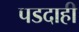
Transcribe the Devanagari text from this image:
पडदाही